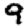
Digit: 9